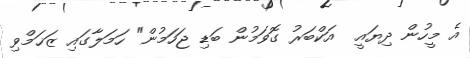
އެ މީހުން ދިޔައީ  އަކްބަރު ގޮވަމުން ބަޑި ޖަހަމުން" ހަމަލާގައި ޒަޚަމްވި